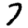
Digit: 7